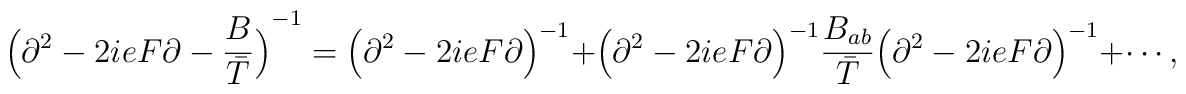
{\Bigl(\partial^2 -2ieF\partial-{B\over\bar T} \Bigl)}^{-1}= {\Bigl(\partial^2 -2ieF\partial\Bigr)}^{-1}+{\Bigl(\partial^2 -2ieF\partial\Bigr)}^{-1}{B_{ab}\over \bar T}{\Bigl(\partial^2 -2ieF\partial\Bigr)}^{-1}+\cdots,